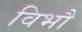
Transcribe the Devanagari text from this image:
विभौ